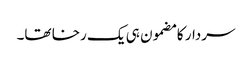
سردار کا مضمون ہی یک رخا تھا۔